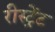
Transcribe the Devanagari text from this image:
रीस्ट्रेंट